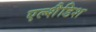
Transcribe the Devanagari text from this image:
एल्शैडिश